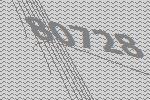
80728